Indian journal of veterinary science and animal husbandry - Volumes 26-27, 1956-1957
Year: 1956
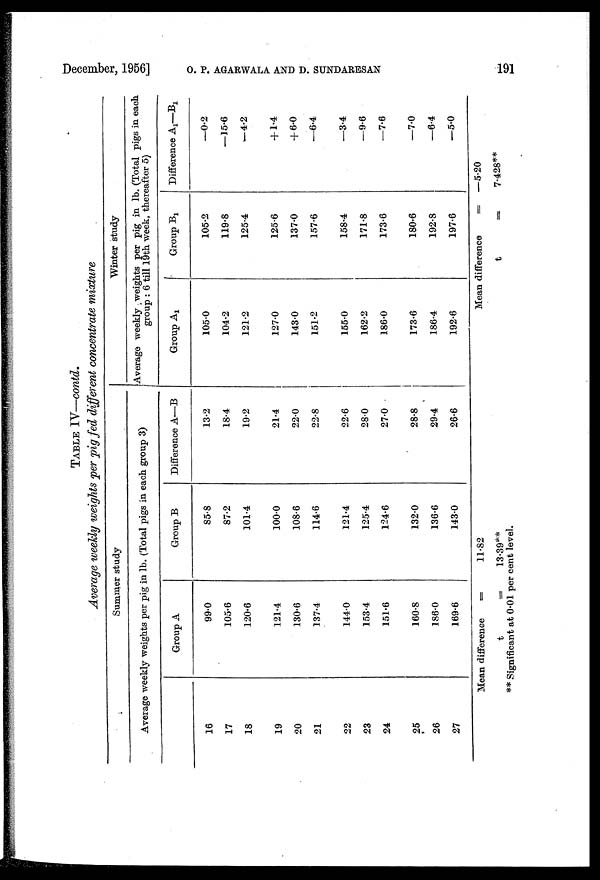
December, 1956] O. P. AGARWALA AND D. SUNDARESAN 191
TABLE IV—contd.
Average weekly weights per pig fed different concentrate mixture
Summer study
Average weekly weights per pig in lb. (Total pigs in each group 3)
16
17
18
19
20
21
22
23
24
25
26
27
Group A
99.0
105.6
120.6
121.4
130.6
137.4
144.0
153.4
151.6
160.8
186.0
169.6
Group B
85.8
87.2
101.4
100.0
108.6
114.6
121.4
125.4
124.6
132.0
136.6
143.0
Difference A—B
13.2
18.4
19.2
21.4
22.0
22.8
22.6
28.0
27.0
28.8
29.4
26.6
Winter study
Average weekly weights per pig in lb. (Total pigs in each
group: 6 till 19th week, thereafter 5)
Group A 1
105.0
104.2
121.2
127.0
143.0
151.2
155.0
162.2
186.0
173.6
186.4
192.6
Group B 1
105.2
119.8
125.4
125.6
137.0
157.6
158.4
171.8
173.6
180.6
192.8
197.6
Difference A 1 —B 1
—0.2
—15.6
—4.2
+1.4
+ 6.0
—6.4
—3.4
—9.6
—7.6
—7.0
—6.4
—5.0
Mean difference
=
11.82
t
=
13.39**
** Significant at 0.01 per cent level.
Mean difference = —5.20
t = 7.428**